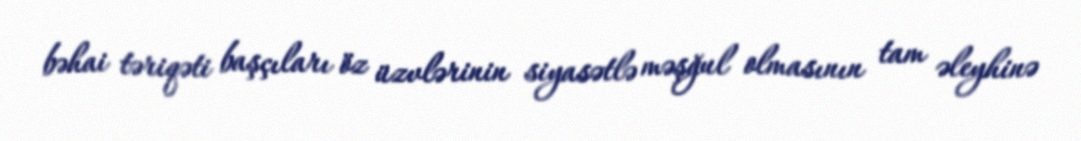
bəhai təriqəti başçıları öz üzvlərinin siyasətlə məşğul olmasının tam əleyhinə